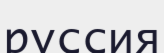
рұссия